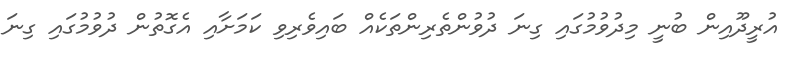
އުރީދޫއިން ބުނީ މިދުވުމުގައި ގިނަ ދުވުންތެރިންތަކެއް ބައިވެރިވި ކަމަށާއި އެގޮތުން ދުވުމުގައި ގިނަ